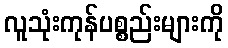
လူသုံးကုန်ပစ္စည်းများကို